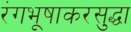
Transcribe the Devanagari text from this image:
रंगभूषाकरसुद्धा